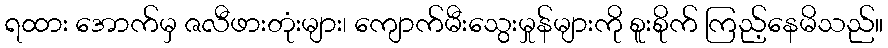
ရထား အောက်မှ ဇလီဖားတုံးများ၊ ကျောက်မီးသွေးမှုန်များကို စူးစိုက် ကြည့်နေမိသည်။